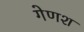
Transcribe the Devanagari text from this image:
गेणश